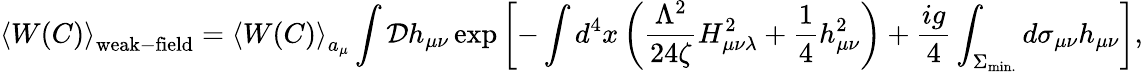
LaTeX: \left<W(C)\right>_{\mathrm{weak-field}}=\left<W(C)\right>_{a_{\mu}}\int{\cal D}h_{\mu\nu}\exp\left[-\int d^{4}x\left(\frac{\Lambda^{2}}{24\zeta}H_{\mu\nu\lambda}^{2}+\frac 14h_{\mu\nu}^{2}\right)+\frac{ig}{4}\int_{\Sigma_{\mathrm{min.}}}^{}d\sigma_{\mu\nu}h_{\mu\nu}\right],